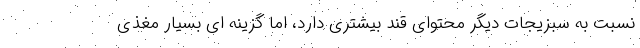
نسبت به سبزیجات دیگر محتوای قند بیشتری دارد، اما گزینه ای بسیار مغذی